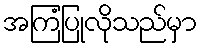
အကြံပြုလိုသည်မှာ